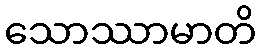
သောဿာမာတိ